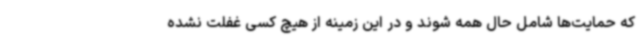
که حمایت‌ها شامل حال همه شوند و در این زمینه از هیچ کسی غفلت نشده